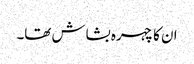
ان کا چہرہ بشاش تھا۔